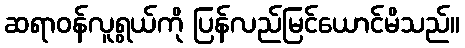
ဆရာဝန်လူရွယ်ကို ပြန်လည်မြင်ယောင်မိသည်။